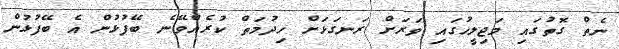
ނެތް ގޮތުގައި މަޖިލީހުގައި ވަރަށް ރަނގަޅަށް ހިދުމަތް ކުރެއްވޭނެ ބޭފުޅުން އެ ބޭފުޅުން